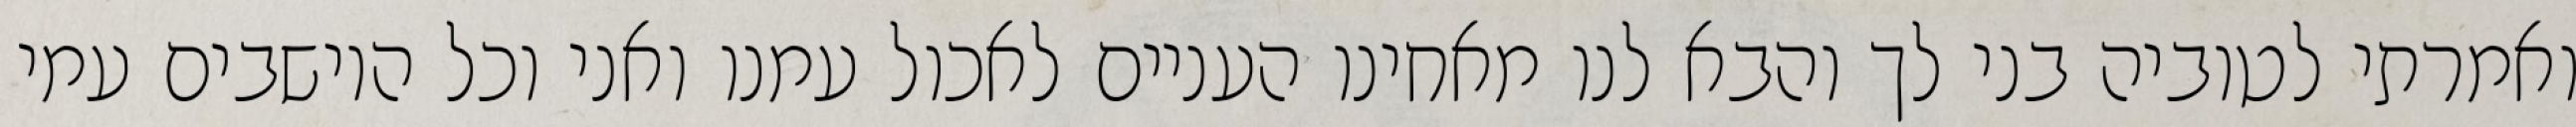
ואמרתי לטוביה בני לך והבא לנו מאחינו העניים לאכול עמנו ואני וכל היושבים עמי